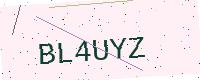
Text: BL4UYZ